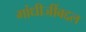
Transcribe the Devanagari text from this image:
गांधीजींबद्दल